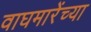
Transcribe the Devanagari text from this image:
वाघमारेंच्या